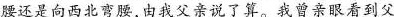
腰还是向北弯腰，由我父亲说了算。我曾亲到父